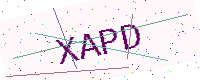
Text: XAPD